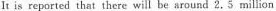
It is reported that there will be around 2, 5 million